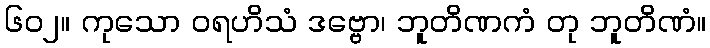
၆၀၂။ ကုသော ဝရဟိသံ ဒဗ္ဗော၊ ဘူတိဏကံ တု ဘူတိဏံ။